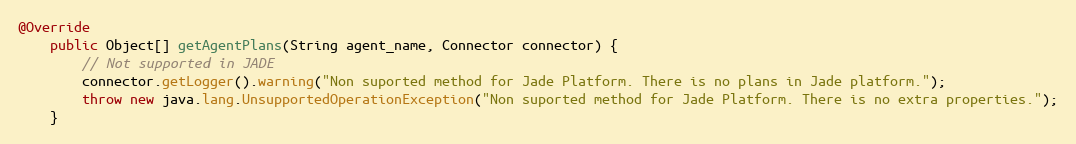
Language: Java
@Override
    public Object[] getAgentPlans(String agent_name, Connector connector) {
        // Not supported in JADE
        connector.getLogger().warning("Non suported method for Jade Platform. There is no plans in Jade platform.");
        throw new java.lang.UnsupportedOperationException("Non suported method for Jade Platform. There is no extra properties.");
    }